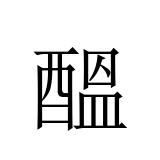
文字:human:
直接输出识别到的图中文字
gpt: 醞